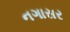
નગાસર